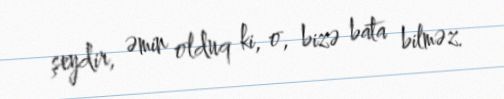
şeydir, əmin olduq ki, o, bizə bata bilməz.